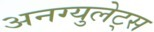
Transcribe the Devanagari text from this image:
अनग्युलेट्स